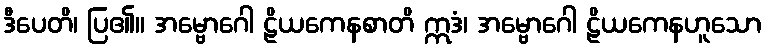
ဒီပေတိ၊ ပြ၏။ အမ္ဗောဂေါ ဠိယကေနစာတိ ဣဒံ၊ အမ္ဗောဂေါ ဠိယကေနဟူသော